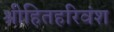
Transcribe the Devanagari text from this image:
श्रीहितहरिवंश